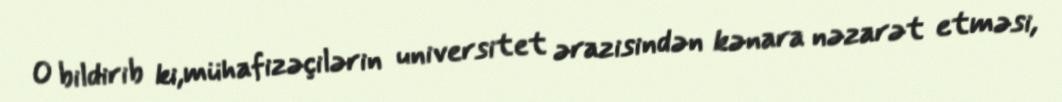
O bildirib ki,mühafizəçilərin universitet ərazisindən kənara nəzarət etməsi,